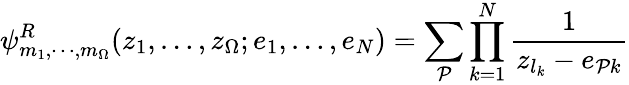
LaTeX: \psi_{m_{1},\cdots,m_{\Omega}}^{R}(z_{1},\dots,z_{\Omega};e_{1},\dots,e_{N})=\sum_{\cal P}\prod_{k=1}^{N}\frac{1}{z_{l_{k}}-e_{{\cal P}k}}